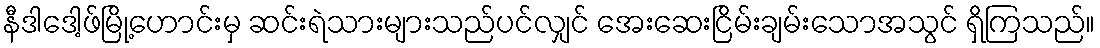
နီဒါဒေါ့ဖ်မြို့ဟောင်းမှ ဆင်းရဲသားများသည်ပင်လျှင် အေးဆေးငြိမ်းချမ်းသောအသွင် ရှိကြသည်။